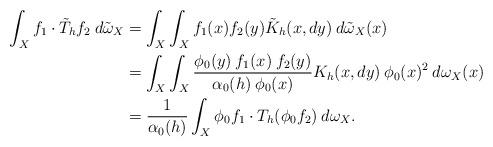
LaTeX: \begin{align*}\int_X f_1 \cdot \tilde T_{h}f_2 \> d\tilde\omega_X &= \int_X\int_X f_1(x) f_2(y) \tilde K_{h}(x,dy) \> d\tilde\omega_X(x)\\&=\int_X\int_X \frac{\phi_0(y)\> f_1(x) \> f_2(y)}{\alpha_0(h) \>\phi_0(x)} K_{h}(x,dy) \>\phi_0(x)^2\> d\omega_X(x)\\&= \frac{1}{\alpha_0(h)} \int_X \phi_0f_1 \cdot T_{h}(\phi_0f_2) \> d\omega_X.\end{align*}